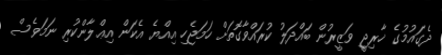
ދެގައުމުގެ ޚާރިޖީ ވަޒީރުން ބައްދަލު ކުރައްވާގޮތަށް ހަމަޖެހި އިއްޔެ އެކަން އިޢްލާންކުރި ނަމަވެސް